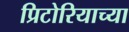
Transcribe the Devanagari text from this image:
प्रिटोरियाच्या